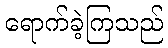
ရောက်ခဲ့ကြသည်